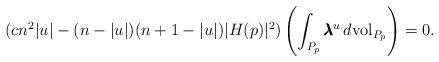
LaTeX: \begin{align*}(cn^2|u|-(n-|u|)(n+1-|u|)|H(p)|^2)\left(\int_{P_p}\pmb{\lambda}^u\,d{\rm vol}_{P_p}\right)=0.\end{align*}